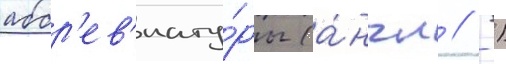
аббр'ев'иату́ры (а́нгл // -)